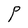
Character: P